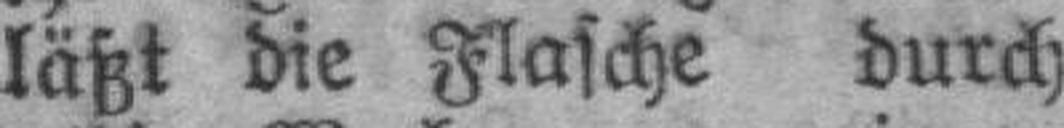
läßt die Flasche durch